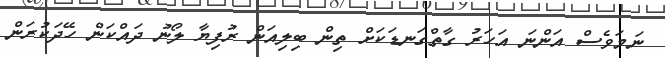
ނަމަވެސް އަންނަ އަހަރު ގާތްގަނޑަކަށް ތިން ބިލިއަން ރުފިޔާ ލޯނު ދައްކަން ހޭދަކުރަން